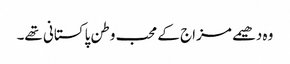
وہ دھیمے مزاج کے محب وطن پاکستانی تھے۔